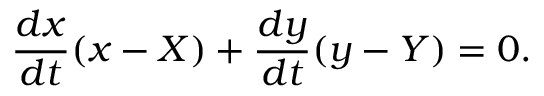
{ \frac { d x } { d t } } ( x - X ) + { \frac { d y } { d t } } ( y - Y ) = 0 .